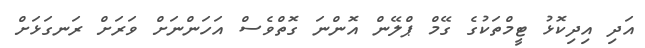
އަދި އިދިކޮޅު ޓީމްތަކުގެ ގޭމް ޕްލޭން އޮންނަ ގޮތްވެސް އަހަންނަށް ވަރަށް ރަނގަޅަށް